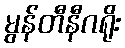
မွန်တီနီဂရိုး